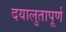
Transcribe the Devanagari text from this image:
दयालुतापूर्ण